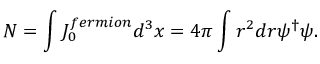
N = \int { \cal J } _ { 0 } ^ { f e r m i o n } d ^ { 3 } x = 4 \pi \int r ^ { 2 } d r \psi ^ { \dag } \psi .